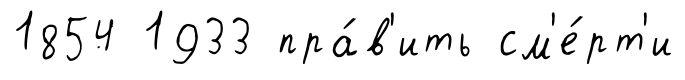
1854 1933 пра́в'ить см'е́рт'и